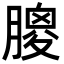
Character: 𦟣